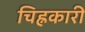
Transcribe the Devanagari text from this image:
चिह्नकारी